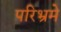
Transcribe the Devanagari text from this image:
परिभ्रमे